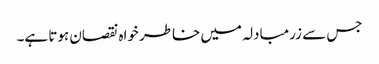
جس سے زرمبادلہ میں خاطر خواہ نقصان ہوتا ہے۔